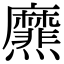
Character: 爢